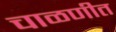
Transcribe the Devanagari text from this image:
चाळणीत